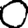
Digit: 0